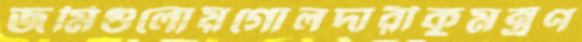
জমিগুলোয়গোলদারীকুমন্ত্রণ